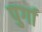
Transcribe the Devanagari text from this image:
पुर्गा